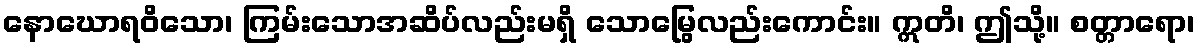
နောဃောရဝိသော၊ ကြမ်းသောအဆိပ်လည်းမရှိ သောမြွေလည်းကောင်း။ ဣတိ၊ ဤသို့။ စတ္တာရော၊